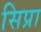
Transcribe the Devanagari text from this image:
सिप्रा